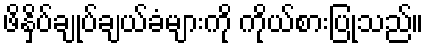
ဖိနှိပ်ချုပ်ချယ်ခံများကို ကိုယ်စားပြုသည်။